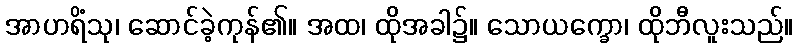
အာဟရိံသု၊ ဆောင်ခဲ့ကုန်၏။ အထ၊ ထိုအခါ၌။ သောယက္ခော၊ ထိုဘီလူးသည်။